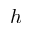
h